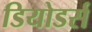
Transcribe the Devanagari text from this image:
डियोडर्स